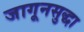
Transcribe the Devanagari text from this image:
जागूनसुद्धा